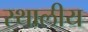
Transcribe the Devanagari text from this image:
स्थालीय